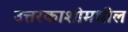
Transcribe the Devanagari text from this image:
उत्तरकाशीमधील